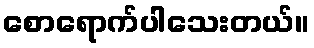
စောရောက်ပါသေးတယ်။